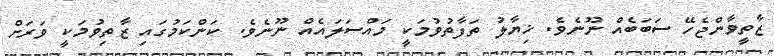
ޒާތީވާންޖެހޭ ސަބަބެއް ނޫނެވެ. ޚިޔާލު ތަފާތުވުމަކީ މައްސަލައެއް ނޫނެވެ. ކަންކަމުގައި ޒާތިވުމަކީ ވަރަށް